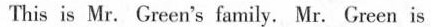
This is Mr. Green's family. Mr. Green is